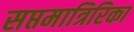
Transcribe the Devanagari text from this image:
सप्तमात्रिरिका